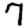
Digit: 7